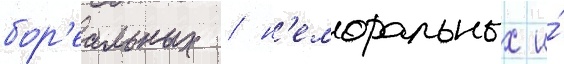
бор'еальных / н'еморальных и́